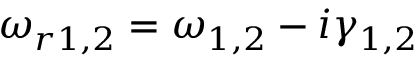
\omega _ { r 1 , 2 } = \omega _ { 1 , 2 } - i \gamma _ { 1 , 2 }